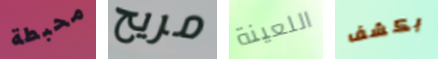
محبطة مريح اللعينة بكشف